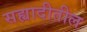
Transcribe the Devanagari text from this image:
सह्यादीतील